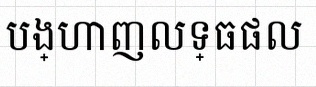
បង្ហាញលទ្ធផល